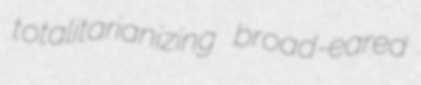
totalitarianizing broad-eared